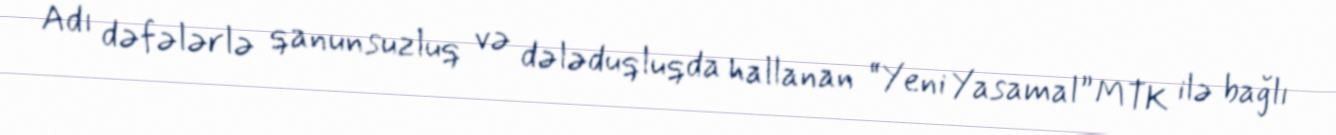
Adı dəfələrlə qanunsuzluq və dələduqluqda hallanan “Yeni Yasamal” MTK ilə bağlı